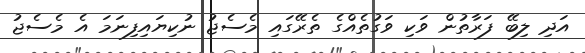
އަދި ލިބޭ ފަރާތުން ވަކި ވަގުތެއްގެ ތެރޭގައި މެސެޖު ނުކިޔައިފިނަމަ އެ މެސެޖު